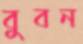
বুবন